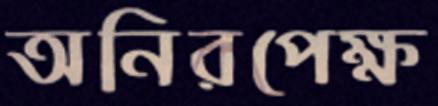
অনিরপেক্ষ